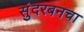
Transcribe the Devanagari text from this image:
सुंदरबनचा